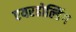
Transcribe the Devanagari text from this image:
एयरहोल्डिंग